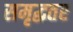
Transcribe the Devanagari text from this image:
समृद्धतर